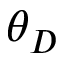
\theta _ { D }